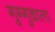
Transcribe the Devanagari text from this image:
गुग्गुळाला